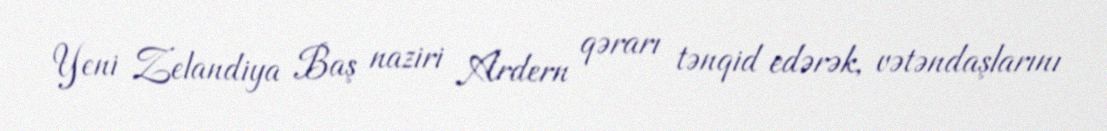
Yeni Zelandiya Baş naziri Ardern qərarı tənqid edərək, vətəndaşlarını